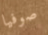
صوفيا